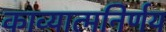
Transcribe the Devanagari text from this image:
काव्यात्मनिर्णय